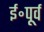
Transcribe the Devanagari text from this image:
ई॰पूर्व